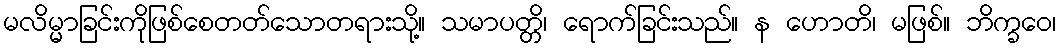
မလိမ္မာခြင်းကိုဖြစ်စေတတ်သောတရားသို့။ သမာပတ္တိ၊ ရောက်ခြင်းသည်။ န ဟောတိ၊ မဖြစ်။ ဘိက္ခဝေ၊